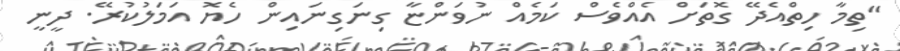
"ތިމާ ހިތްއެދޭ ގޮތަށް އެއްވެސް ކަމެއް ނުވަންޏާ ގިނަގިނައިން ހެޔޮ އަމަލުކުރޭ. ދީނީ